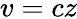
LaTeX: v=cz